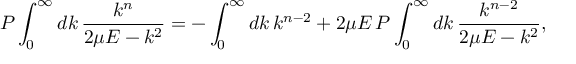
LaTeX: P \int _ { 0 } ^ { \infty } d k \, \frac { k ^ { n } } { 2 \mu E - k ^ { 2 } } = - \int _ { 0 } ^ { \infty } d k \, k ^ { n - 2 } + 2 \mu E \, P \int _ { 0 } ^ { \infty } d k \, \frac { k ^ { n - 2 } } { 2 \mu E - k ^ { 2 } } ,